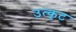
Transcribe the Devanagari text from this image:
उत्कृट